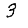
Digit: 3